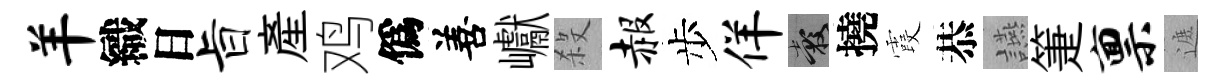
羊織日旨産鸡僞善巘殺赧步佯穀撓霞恭讌箑禀遮